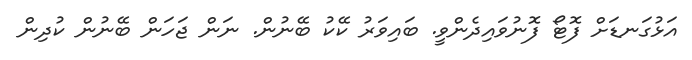
އަޅުގަނޑަށް ފޮޓޯ ފޮނުވައިދެންވީ. ބައިވަރު ކޭކު ބޭނުން. ނަން ޖަހަން ބޭނުން ކުދިން